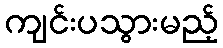
ကျင်းပသွားမည့်